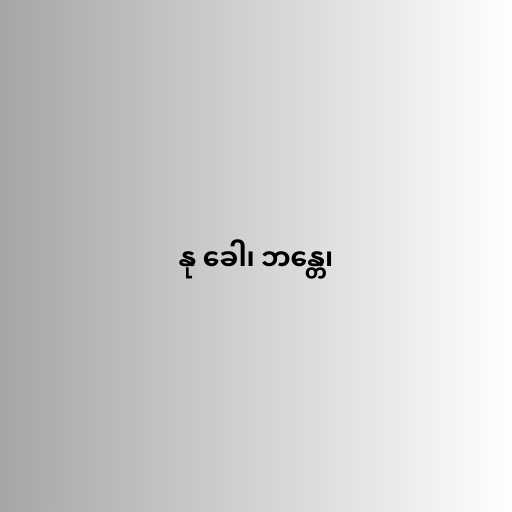
နု ခေါ၊ ဘန္တေ၊